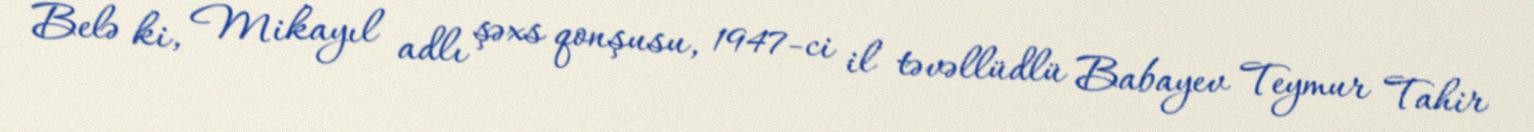
Belə ki, Mikayıl adlı şəxs qonşusu, 1947-ci il təvəllüdlü Babayev Teymur Tahir